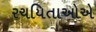
રચયિતાઓએ